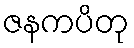
ဇနကပိတု